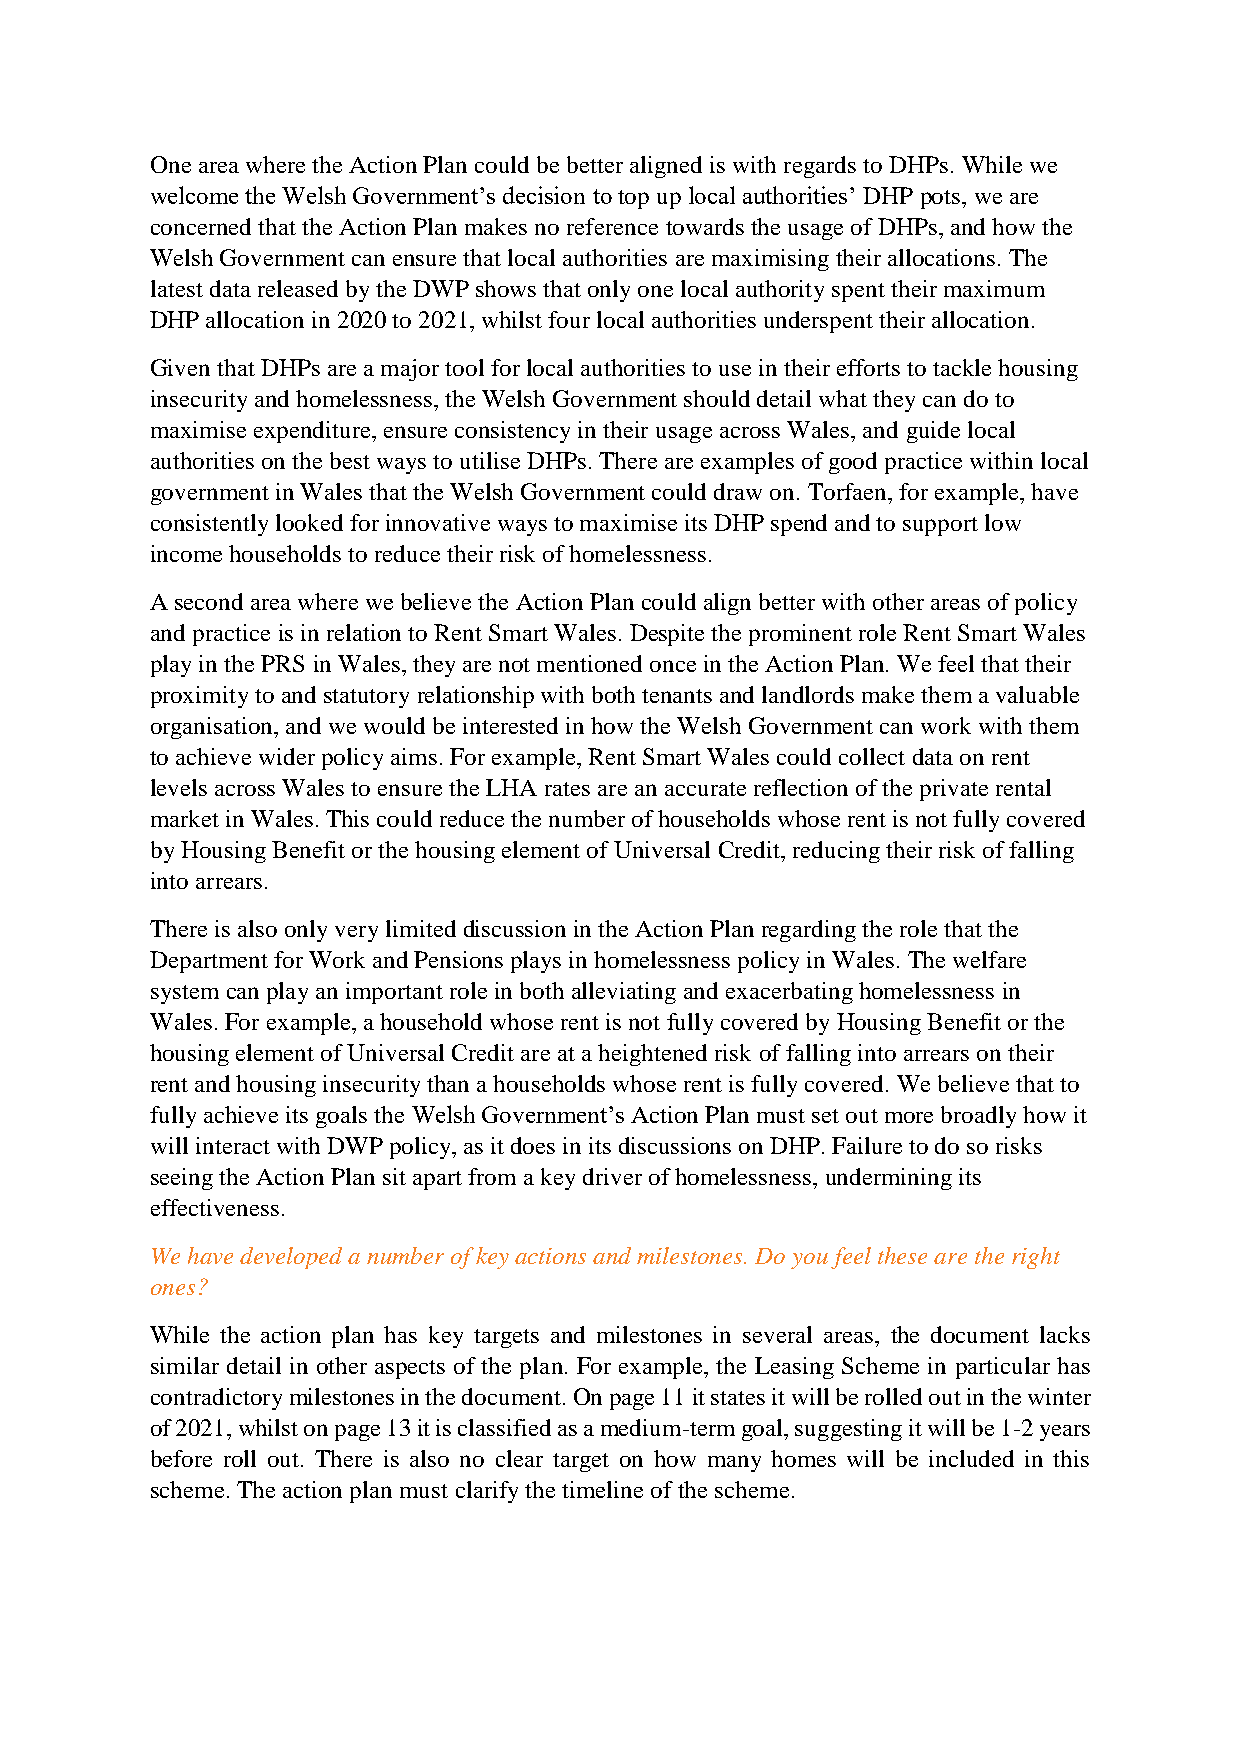
One area where the Action Plan could be better aligned is with regards to DHPs. While we
 welcome the Welsh Government’s decision to top up local authorities’ DHP pots, we are
 concerned that the Action Plan makes no reference towards the usage of DHPs, and how the
 Welsh Government can ensure that local authorities are maximising their allocations. The
 latest data released by the DWP shows that only one local authority spent their maximum
 DHP allocation in 2020 to 2021, whilst four local authorities underspent their allocation.
 Given that DHPs are a major tool for local authorities to use in their efforts to tackle housing
 insecurity and homelessness, the Welsh Government should detail what they can do to
 maximise expenditure, ensure consistency in their usage across Wales, and guide local
 authorities on the best ways to utilise DHPs. There are examples of good practice within local
 government in Wales that the Welsh Government could draw on. Torfaen, for example, have
 consistently looked for innovative ways to maximise its DHP spend and to support low
 income households to reduce their risk of homelessness.
 A second area where we believe the Action Plan could align better with other areas of policy
 and practice is in relation to Rent Smart Wales. Despite the prominent role Rent Smart Wales
 play in the PRS in Wales, they are not mentioned once in the Action Plan. We feel that their
 proximity to and statutory relationship with both tenants and landlords make them a valuable
 organisation, and we would be interested in how the Welsh Government can work with them
 to achieve wider policy aims. For example, Rent Smart Wales could collect data on rent
 levels across Wales to ensure the LHA rates are an accurate reflection of the private rental
 market in Wales. This could reduce the number of households whose rent is not fully covered
 by Housing Benefit or the housing element of Universal Credit, reducing their risk of falling
 into arrears.
 There is also only very limited discussion in the Action Plan regarding the role that the
 Department for Work and Pensions plays in homelessness policy in Wales. The welfare
 system can play an important role in both alleviating and exacerbating homelessness in
 Wales. For example, a household whose rent is not fully covered by Housing Benefit or the
 housing element of Universal Credit are at a heightened risk of falling into arrears on their
 rent and housing insecurity than a households whose rent is fully covered. We believe that to
 fully achieve its goals the Welsh Government’s Action Plan must set out more broadly how it
 will interact with DWP policy, as it does in its discussions on DHP. Failure to do so risks
 seeing the Action Plan sit apart from a key driver of homelessness, undermining its
 effectiveness.
 We have developed a number of key actions and milestones. Do you feel these are the right
 ones?
 While the action plan has key targets and milestones in several areas, the document lacks
 similar detail in other aspects of the plan. For example, the Leasing Scheme in particular has
 contradictory milestones in the document. On page 11 it states it will be rolled out in the winter
 of 2021, whilst on page 13 it is classified as a medium-term goal, suggesting it will be 1-2 years
 before roll out. There is also no clear target on how many homes will be included in this
 scheme. The action plan must clarify the timeline of the scheme.